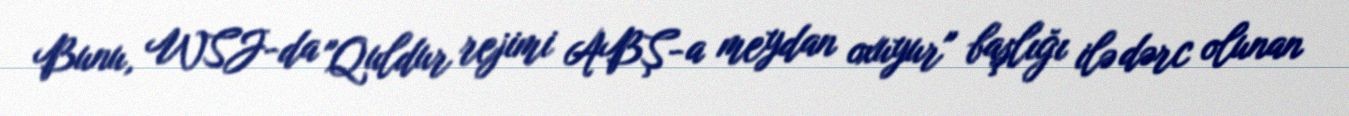
Bunu, WSJ-da "Quldur rejimi ABŞ-a meydan oxuyur" başlığı ilə dərc olunan